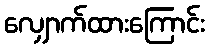
လျှောက်ထားကြောင်း